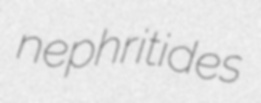
nephritides